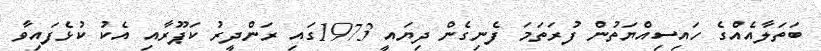
ބަތަލާއެއްގެ ހައިސިއްޔަތުން ފުރަތަމަ ފެނިގެން ދިޔައީ 1973ގައި ރަންދީރު ކަޕޫރާއި އެކު ކުޅެފައިވާ